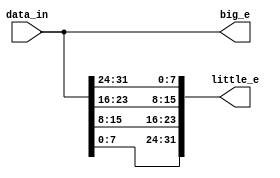
module Endianess(input [31:0]data_in,
		 output[31:0]little_e,
		 output[31:0]big_e
			 );
	
	assign little_e = {data_in[7:0],data_in[15:8],data_in[23:16],data_in[31:24]};
	assign big_e = {data_in[31:24],data_in[23:16],data_in[15:8],data_in[7:0]};

endmodule